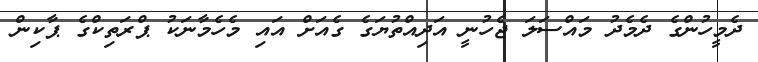
ދެމީހުންގެ ދެމެދު މައްސަލަ ޖެހުނީ އަދިއްތުޔަގެ ގެއަށް އައި މެހެމާނަކު ޕްރަތިކްގެ ޕާކިން